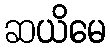
ဆယိမေ